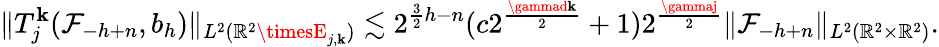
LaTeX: \| T_{j}^{\mathbf{k}}(\mathcal{{F}}_{-h+n},b_{h})\| _{L^{2}(\mathbb{{R}}^{2}\timesE_{j,\mathbf{k}})}\lesssim2^{\frac{{3}}{{2}}h-n}(c2^{\frac{{\gammad\mathbf{k}}}{{2}}}+1)2^{\frac{{\gammaj}}{{2}}}\| \mathcal{{F}}_{-h+n}\| _{L^{2}(\mathbb{{R}}^{2}\times\mathbb{{R}}^{2})}.